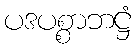
ပဒပစ္စာဘဋ္ဌံ